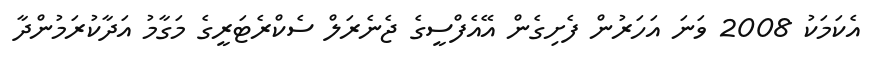
އެކަމަކު 2008 ވަނަ އަހަރުން ފެށިގެން އޭއެފްސީގެ ޖެނެރަލް ސެކްރެޓަރީގެ މަގާމު އަދާކުރަމުންދާ